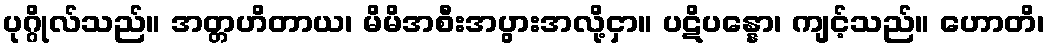
ပုဂ္ဂိုလ်သည်။ အတ္တဟိတာယ၊ မိမိအစီးအပွားအလို့ငှာ။ ပဋိပန္နော၊ ကျင့်သည်။ ဟောတိ၊